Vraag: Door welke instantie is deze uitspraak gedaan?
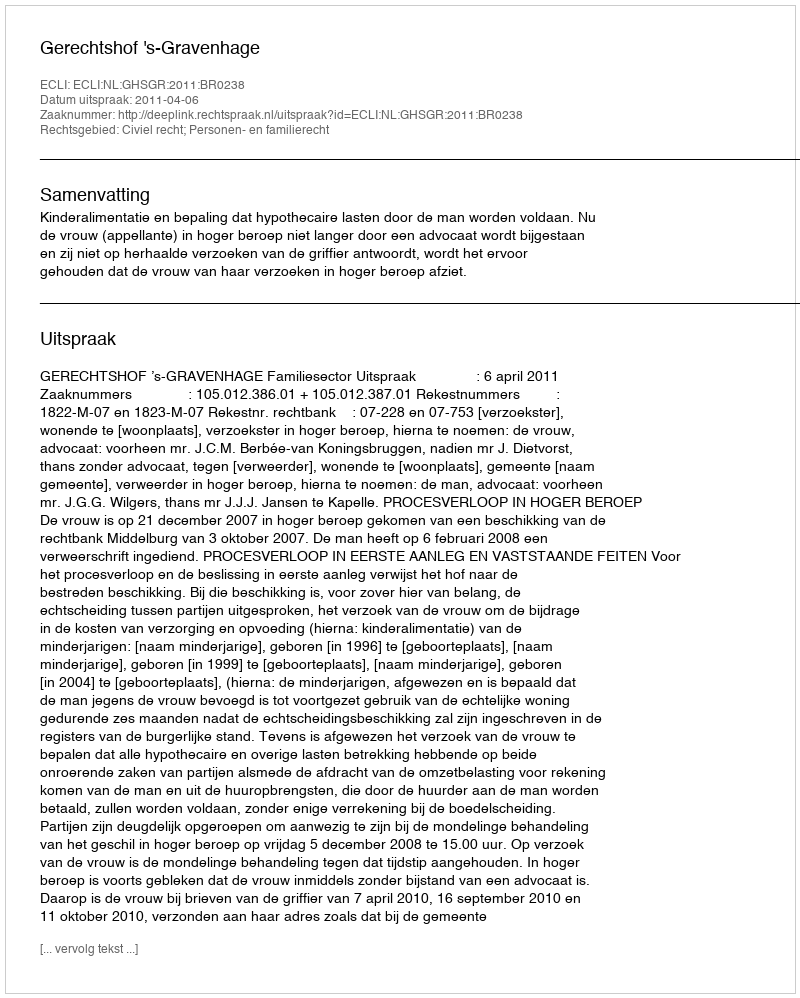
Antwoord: Gerechtshof 's-Gravenhage